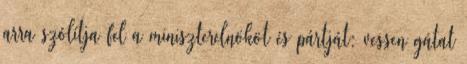
arra szólítja fel a miniszterelnököt és pártját: vessen gátat